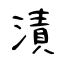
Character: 漬